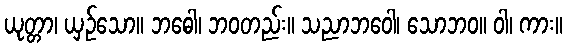
ယုတ္တာ၊ ယှဉ်သော။ ဘဓေါ၊ ဘဝတည်း။ သညာဘဝေါ၊ သောဘဝ။ ဝါ၊ ကား။